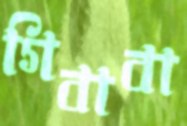
গিবাবা